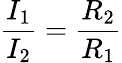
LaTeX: {\frac{I_{1}}{I_{2}}}={\frac{R_{2}}{R_{1}}}